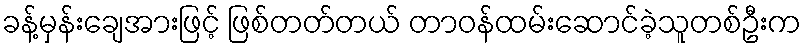
ခန့်မှန်းချေအားဖြင့် ဖြစ်တတ်တယ် တာဝန်ထမ်းဆောင်ခဲ့သူတစ်ဦးက